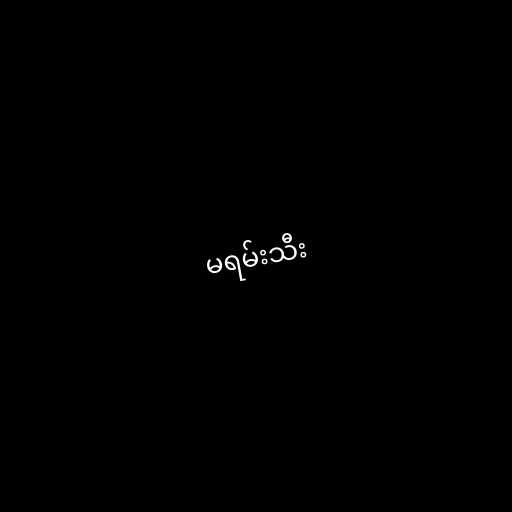
မရမ်းသီး